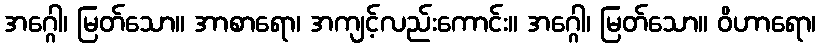
အဂ္ဂေါ၊ မြတ်သော။ အာစာရော၊ အကျင့်လည်းကောင်း။ အဂ္ဂေါ၊ မြတ်သော။ ဝိဟာရော၊